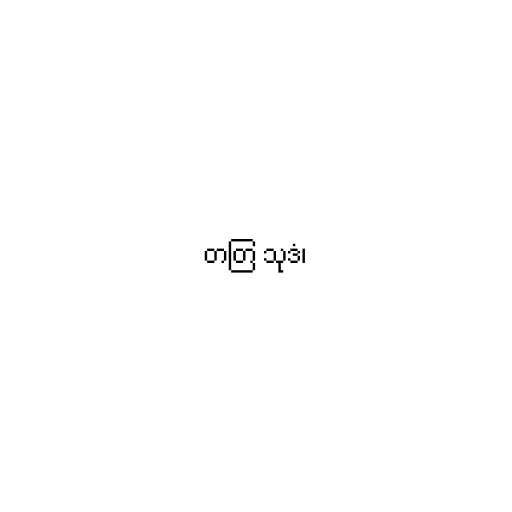
တတြ သုဒံ၊